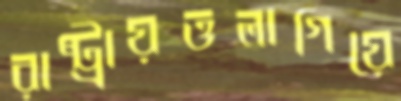
রাষ্ট্রায়ত্তলাগিয়ে